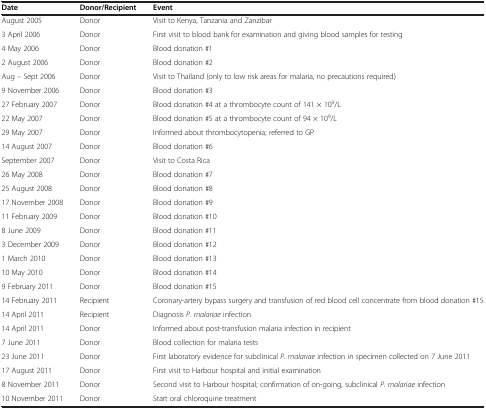
| Date | Donor/Recipient | Event |
 | --- | --- | --- |
 | August 2005 | Donor | Visit to Kenya, Tanzania and Zanzibar |
 | 3 April 2006 | Donor | First visit to blood bank for examination and giving blood samples for testing |
 | 4 May 2006 | Donor | Blood donation #1 |
 | 2 August 2006 | Donor | Blood donation #2 |
 | Aug – Sept 2006 | Donor | Visit to Thailand (only to low risk areas for malaria, no precautions required) |
 | 9 November 2006 | Donor | Blood donation #3 |
 | 27 February 2007 | Donor | Blood donation #4 at a thrombocyte count of 141 × 109/L |
 | 22 May 2007 | Donor | Blood donation #5 at a thrombocyte count of 94 × 109/L |
 | 29 May 2007 | Donor | Informed about thrombocytopenia; referred to GP |
 | 14 August 2007 | Donor | Blood donation #6 |
 | September 2007 | Donor | Visit to Costa Rica |
 | 26 May 2008 | Donor | Blood donation #7 |
 | 25 August 2008 | Donor | Blood donation #8 |
 | 17 November 2008 | Donor | Blood donation #9 |
 | 11 February 2009 | Donor | Blood donation #10 |
 | 8 June 2009 | Donor | Blood donation #11 |
 | 3 December 2009 | Donor | Blood donation #12 |
 | 1 March 2010 | Donor | Blood donation #13 |
 | 10 May 2010 | Donor | Blood donation #14 |
 | 9 February 2011 | Donor | Blood donation #15 |
 | 14 February 2011 | Recipient | Coronary-artery bypass surgery and transfusion of red blood cell concentrate from blood donation #15 |
 | 14 April 2011 | Recipient | Diagnosis P. malariae infection |
 | 14 April 2011 | Donor | Informed about post-transfusion malaria infection in recipient |
 | 7 June 2011 | Donor | Blood collection for malaria tests |
 | 23 June 2011 | Donor | First laboratory evidence for subclinical P. malariae infection in specimen collected on 7 June 2011 |
 | 17 August 2011 | Donor | First visit to Harbour hospital and initial examination |
 | 8 November 2011 | Donor | Second visit to Harbour hospital; confirmation of on-going, subclinical P. malariae infection |
 | 10 November 2011 | Donor | Start oral chloroquine treatment |